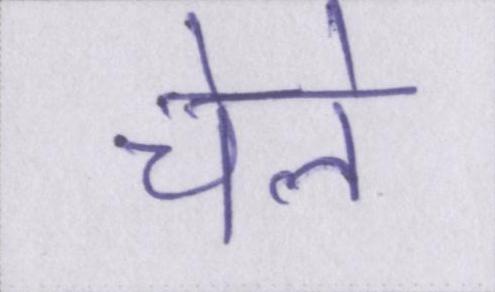
चेले